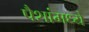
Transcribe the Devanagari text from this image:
पैशांमध्ये